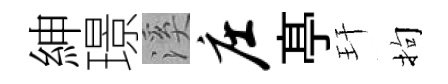
紳璟溪庄𠅘玕拘